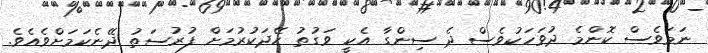
ނަމަވެސް ކޮންމެ ދުވަހަކުވެސް ދެ ސިންގާ އެކީ ވަގުތު ހޭދަކުރުމަށް ފުރުސަތު ދޭނެކަމަށްވެއެވެ.